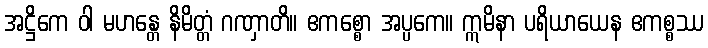
အဋ္ဌိကေ ဝါ မဟန္တေ နိမိတ္တံ ဂဏှာတိ။ ဧကစ္စော အပ္ပကေ။ ဣမိနာ ပရိယာယေန ဧကစ္စဿ